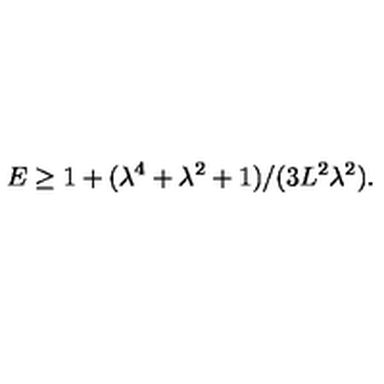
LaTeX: E \geq 1 + ( \lambda ^ { 4 } + \lambda ^ { 2 } + 1 ) / ( 3 L ^ { 2 } \lambda ^ { 2 } ) .